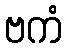
ဗကံ